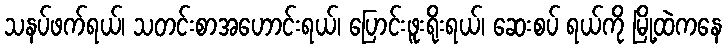
သနပ်ဖက်ရယ်၊ သတင်းစာအဟောင်းရယ်၊ ပြောင်းဖူးရိုးရယ်၊ ဆေးစပ် ရယ်ကို မြို့ထဲကနေ